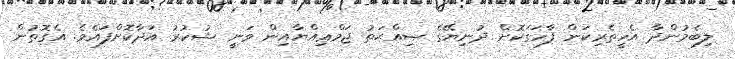
ލިބެމުންދާ އެހީތެރިކަން ފާހަގަކޮށް ދުނިޔޭގެ ޞިއްޙަތު ޖަމްޢިއްޔާއިން ވަނީ ޝުކުރު އަދާކޮށްފައެވެ. އެގޮތުން